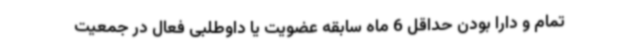
تمام و دارا بودن حداقل 6 ماه سابقه عضویت یا داوطلبی فعال در جمعیت